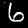
Label: 6